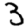
Digit: 3